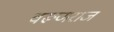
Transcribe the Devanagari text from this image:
वरूणराज